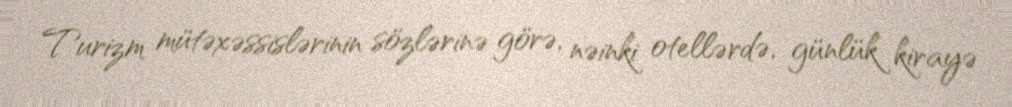
Turizm mütəxəssislərinin sözlərinə görə, nəinki otellərdə, günlük kirayə